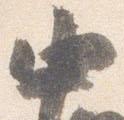
中